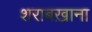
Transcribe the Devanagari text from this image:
शराबख़ाना